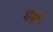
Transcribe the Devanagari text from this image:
गमॅ